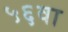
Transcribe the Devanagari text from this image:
५६वा